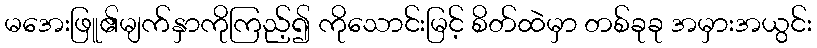
မအေးဖြူ၏မျက်နှာကိုကြည့်၍ ကိုသောင်းမြင့် စိတ်ထဲမှာ တစ်ခုခု အမှားအယွင်း